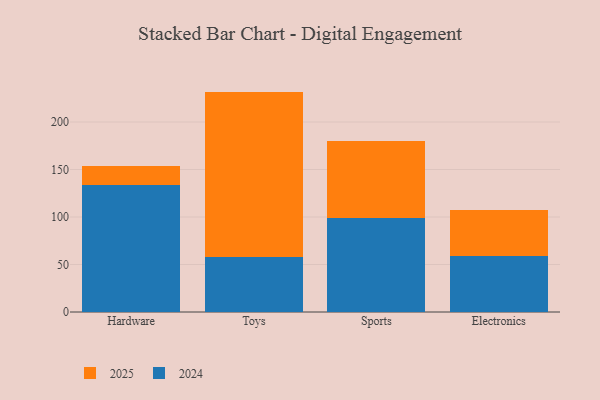
{"axis": {"x": "Category", "y": "Demand Index"}, "legend": ["2024", "2025"], "data": [{"x": "Hardware", "y": 133.3, "type": "2024"}, {"x": "Hardware", "y": 20.0, "type": "2025"}, {"x": "Toys", "y": 58.1, "type": "2024"}, {"x": "Toys", "y": 173.9, "type": "2025"}, {"x": "Sports", "y": 98.6, "type": "2024"}, {"x": "Sports", "y": 81.2, "type": "2025"}, {"x": "Electronics", "y": 59.0, "type": "2024"}, {"x": "Electronics", "y": 48.4, "type": "2025"}]}